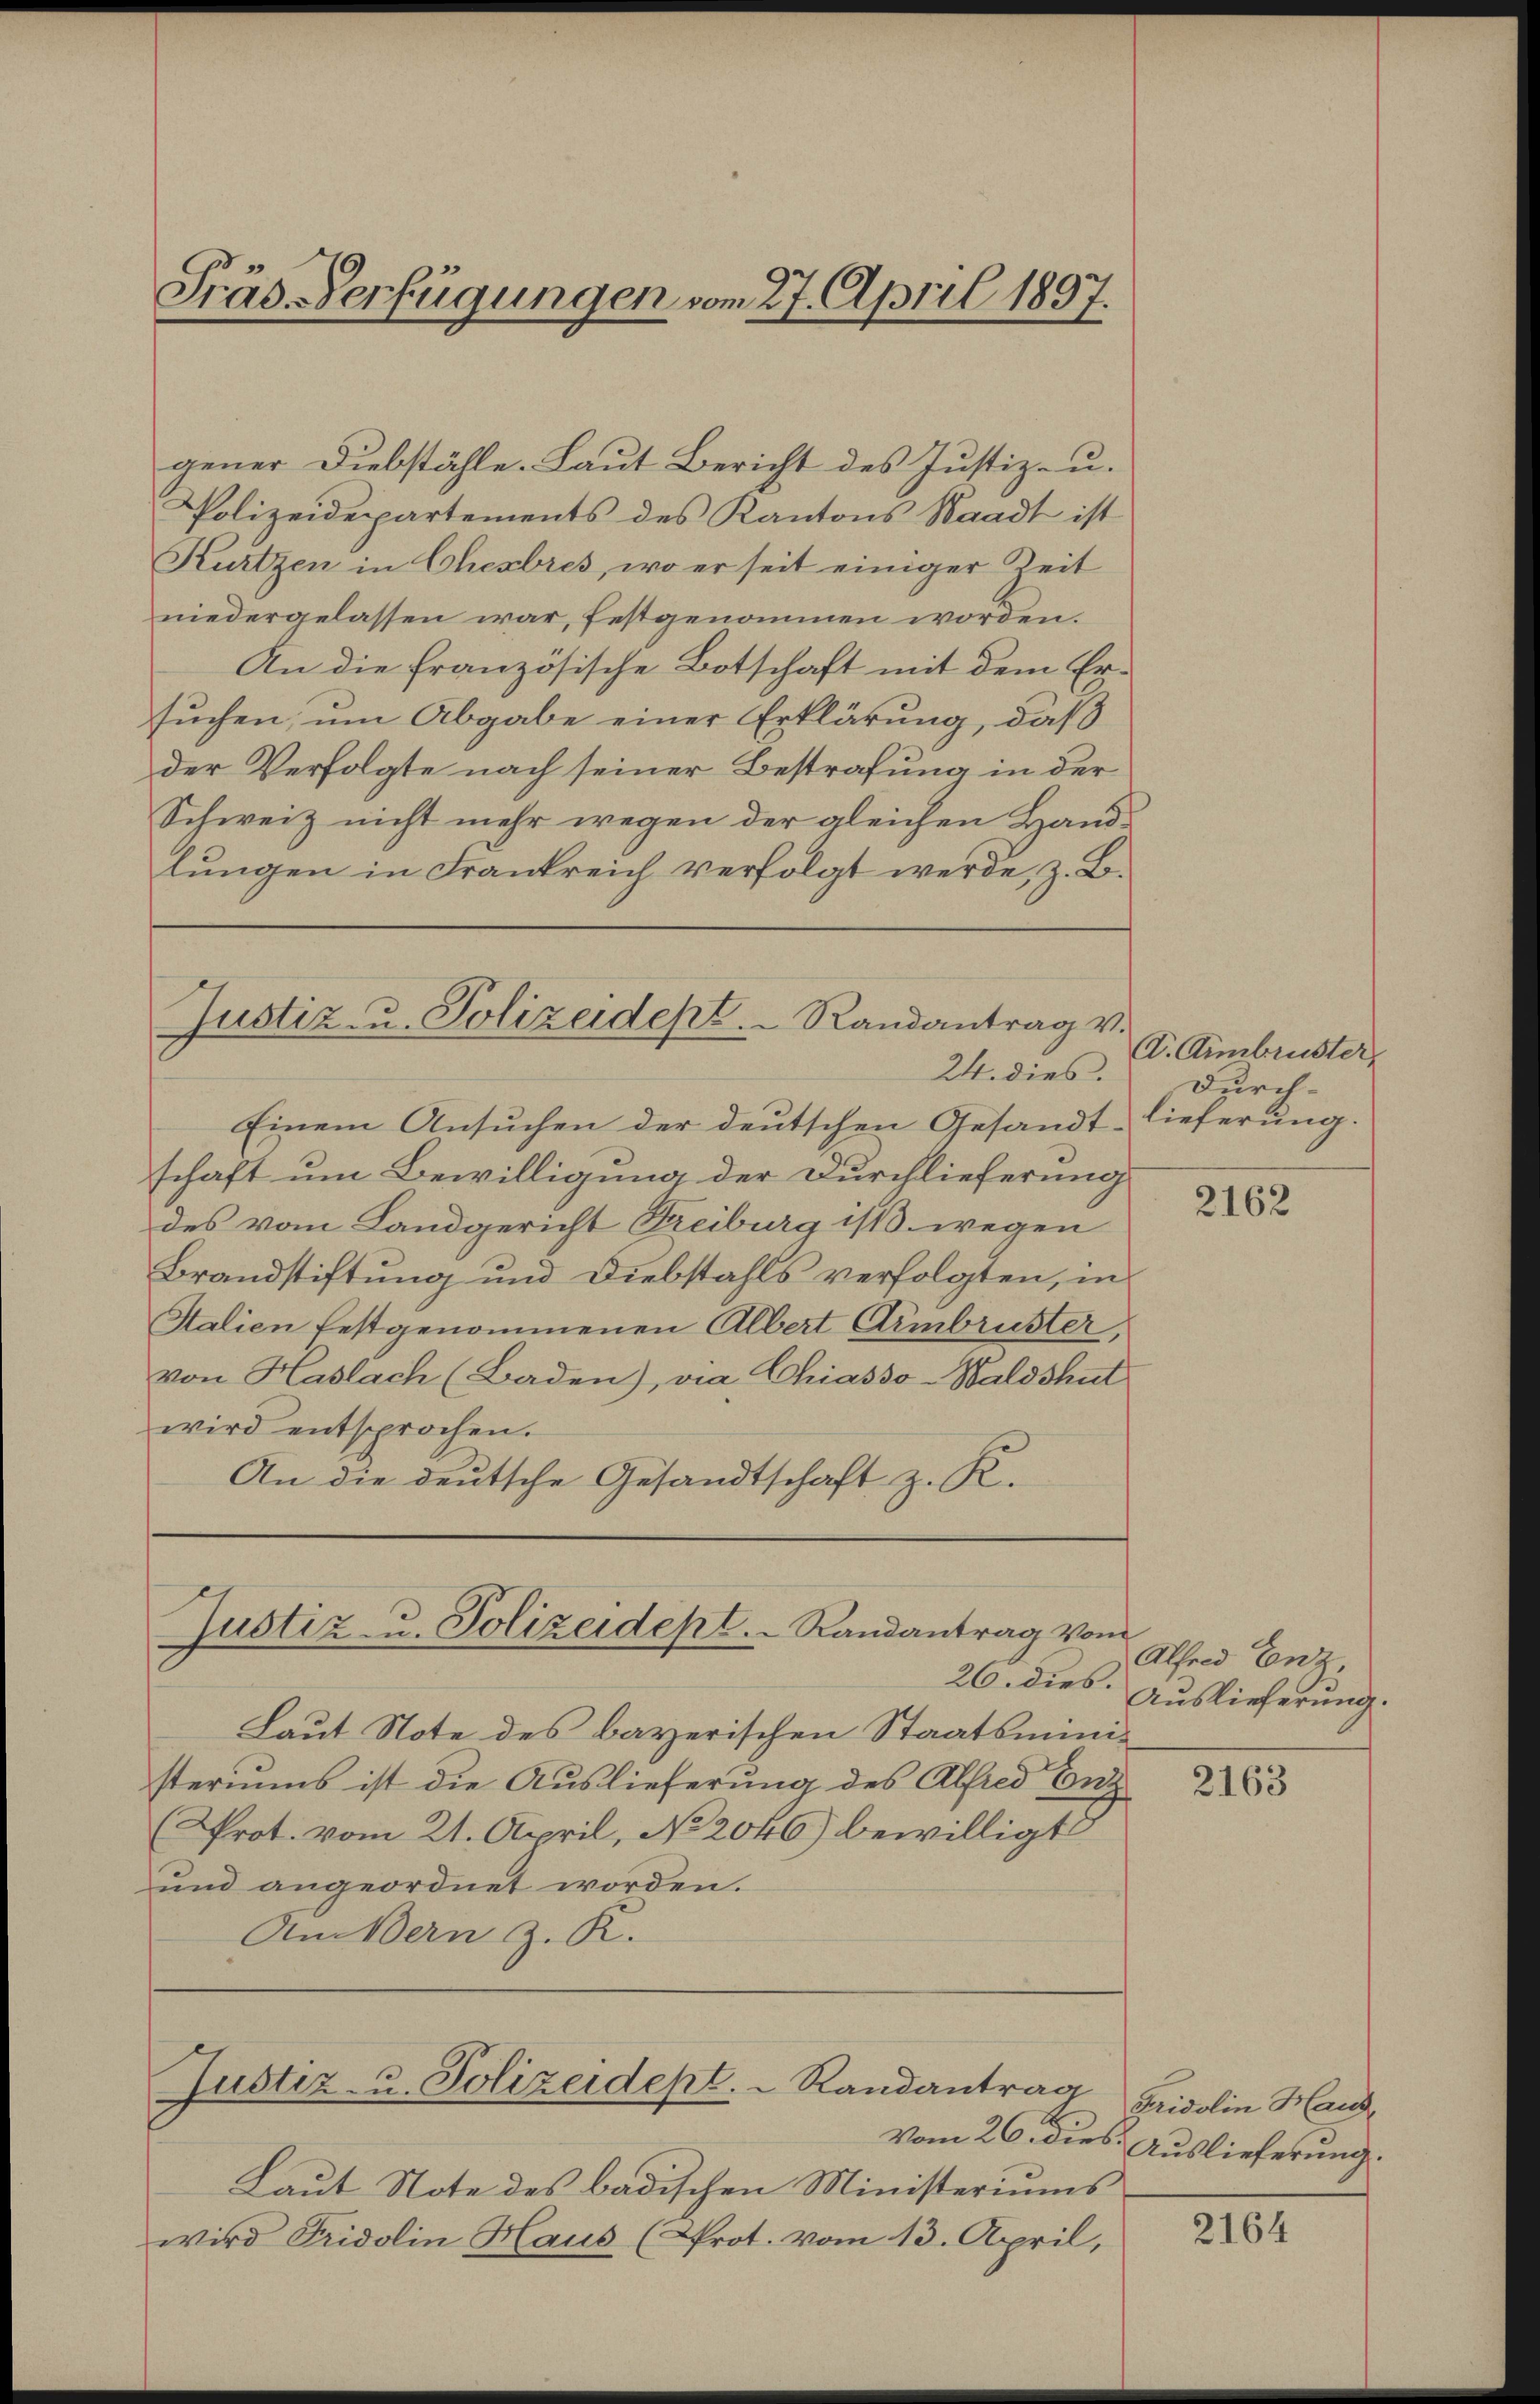
Präs. Verfügungen vom 27. April 1897.

gener Diebstähle. Laut Bericht des Justiz- u.
Polizeidepartements des Kantons Waadt ist
Kurtzen in Chesbres, wo er seit einiger Zeit
niedergelassen war, festgenommen worden.
An die französische Botschaft mit dem Ersuchen, um Abgabe einer Erklärung, daß
der Verfolgte nach seiner Bestrafung in der
Schweiz nicht mehr wegen der gleichen Hand-
lungen in Frankreich verfolgt werde, z. B.

Justiz- u. Polizeidept. Randantrag v.
24. dies.

Einem Ansuchen der deutschen Gesandt lieferung.
schaft um Bewilligung der Durchlieferung
des vom Landgericht Freiburg ist wegen
Brandstiftung und Diebstahls verfolgten, in
Halien festgenommenen Albert Armbruster,
von Haslach (Baden), via Chiasso-Waldshut
wird entsprochen.
An die deutsche Gesandtschaft z. K.

Justiz u. Polizeidept. Randantrag vom

Laut Note des bayerischen Staatsministeriums ist die Auslieferung des Alfred Entz
(Prot. vom 21. April, No 2046) bewilligt
und angeordnet worden.
Am Bern z. R.

Justiz- u. Polizeidept.  Randantrag

Laut Note des badischen Ministeriums
wird Fridolin Haus (Prot. vom 13. April,

V. Anmbruster,
durch-

2162

Alfred Enz
26. dies. Auslieferung.

2163

Fridolin Haus¬
Vom 26. dies Auslieferung.

2164